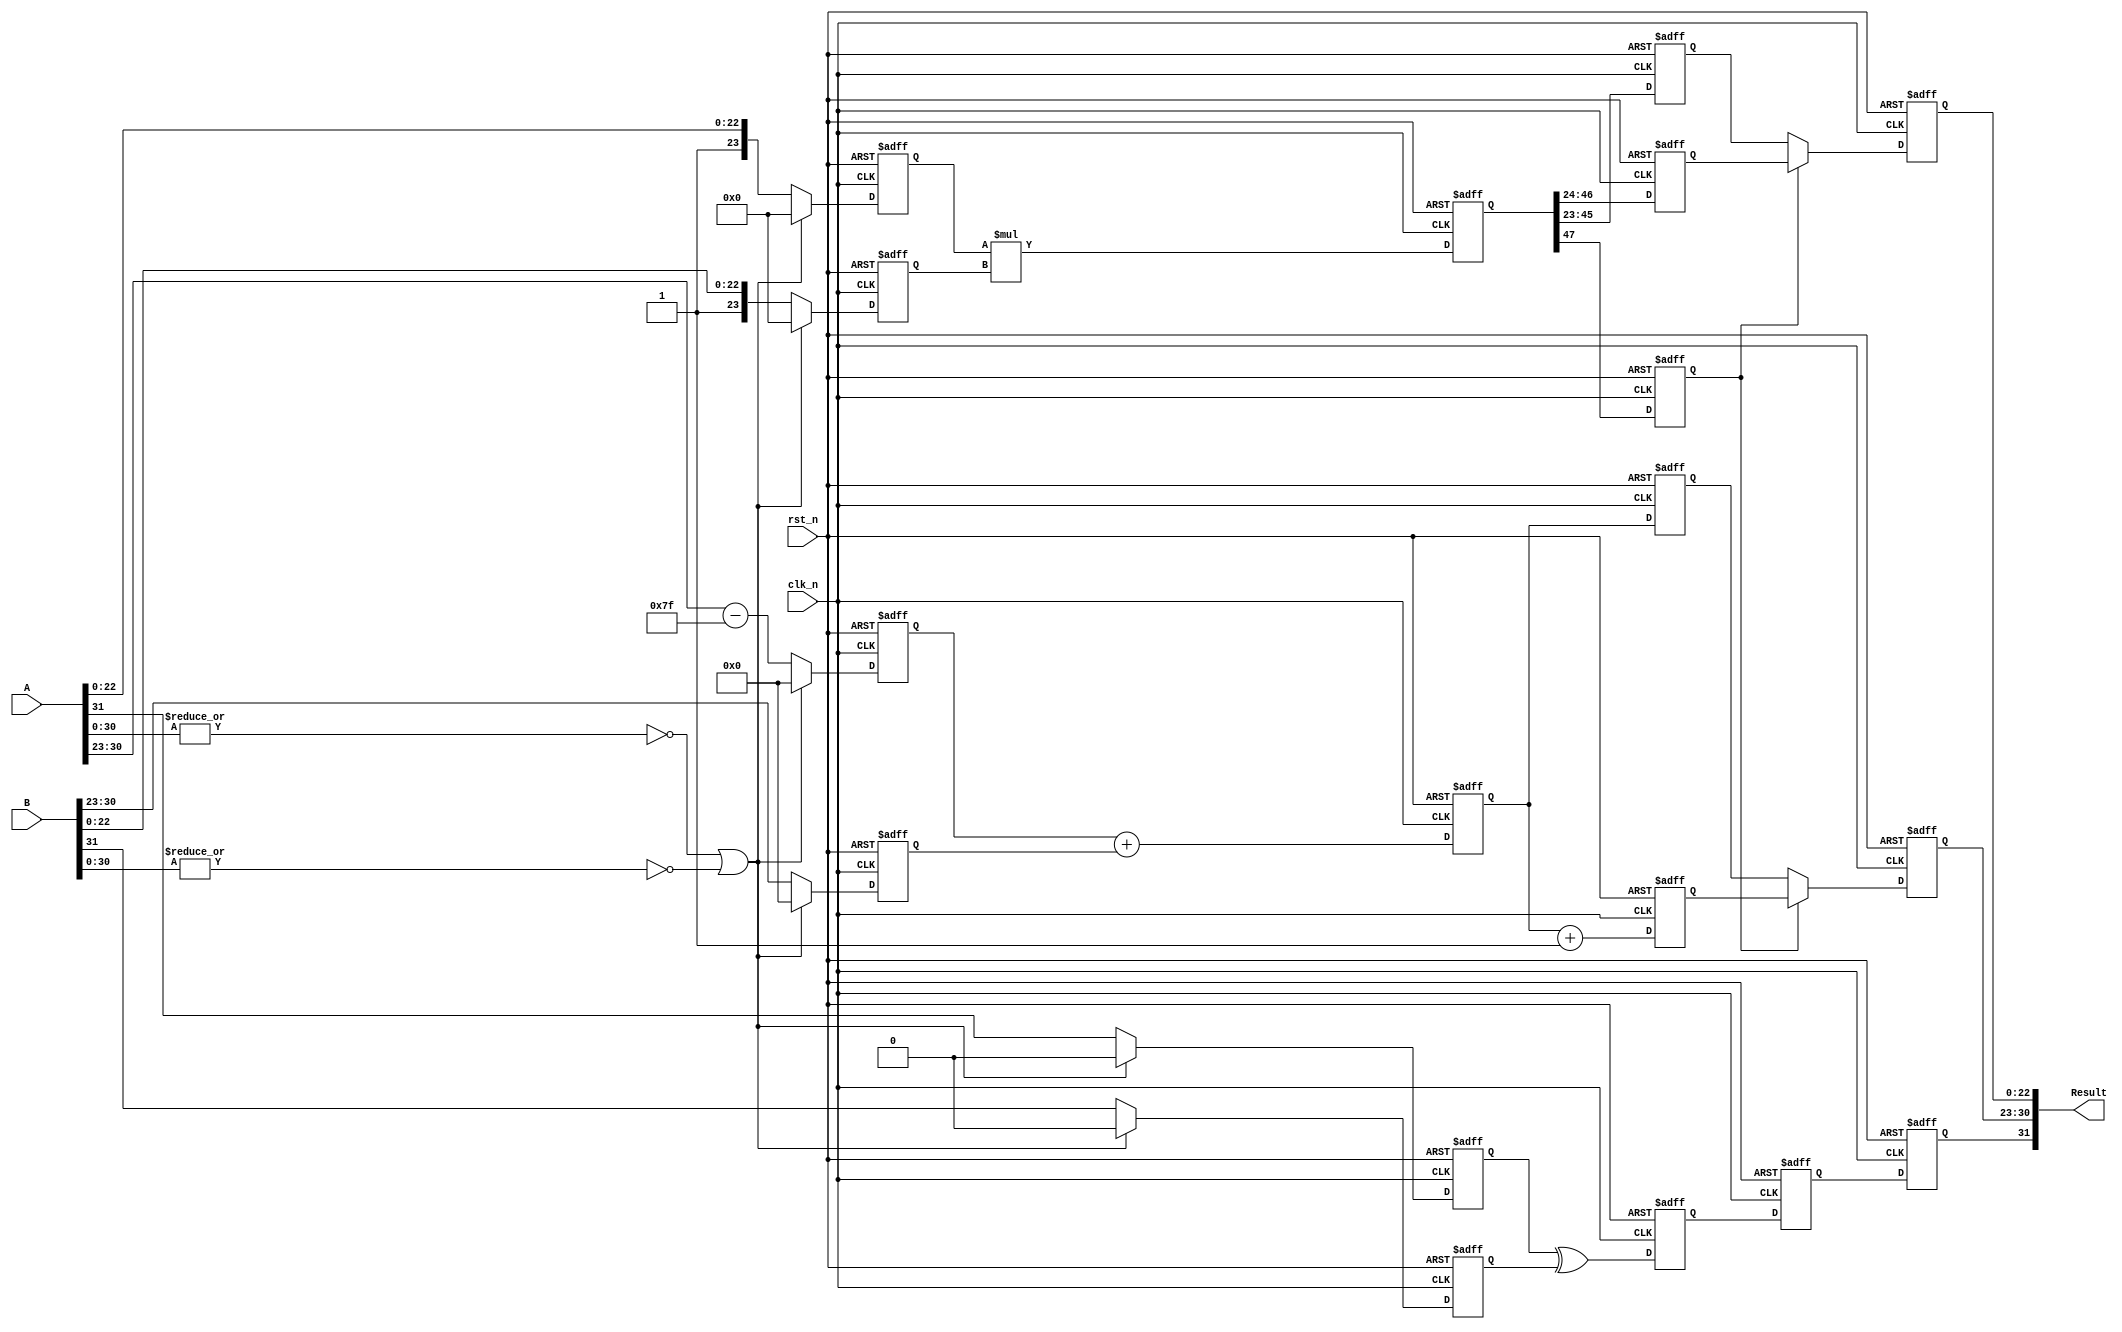
`timescale 1ns / 100ps

module multiply_32 (
    input wire clk_n,
    input wire rst_n,
    input wire [31:0] A,
    input wire [31:0] B,
    output wire  [31:0] Result
);

    reg [23:0] A_Mantissa, B_Mantissa;
    reg [7:0] A_Exponent, B_Exponent;
    
    reg sign, sign_A, sign_B;  
    reg [47:0] Temp_Mantissa;
    reg [7:0] Temp_Exponent;
    
    reg [22:0] intermediateMan, ManChoice1, ManChoice2;
    reg [7:0] intermediateExp, ExpChoice1, ExpChoice2;
    reg intermediateSign, signChoice, choice;
    
    localparam bias = 7'b1111111; // 127

    always @ (negedge clk_n or negedge rst_n) begin
        if (~rst_n) begin
            sign_A <= 'b0;
            sign_B <= 'b0;
            A_Mantissa <= 'b0;
            A_Exponent <= 'b0;
            B_Mantissa <= 'b0;
            B_Exponent <= 'b0;
        end else if ((~|A[30:0]) | (~|B[30:0])) begin
            sign_A <= 'b0;
            sign_B <= 'b0;
            A_Mantissa <= 'b0;
            A_Exponent <= 'b0;
            B_Mantissa <= 'b0;
            B_Exponent <= 'b0;
        end else begin
            sign_A <= A[31];
            sign_B <= B[31];
            A_Mantissa <= {1'b1, A[22:0]};
            A_Exponent <= A[30:23] - bias;
            B_Mantissa <= {1'b1, B[22:0]}; 
            B_Exponent <= B[30:23];       
        end 
    end
    
    always @ (negedge clk_n or negedge rst_n) begin
        if (~rst_n) begin
            sign <= 'b0;
            Temp_Exponent <= 'b0;
            Temp_Mantissa <= 'b0;
        end else begin
            sign <= sign_A ^ sign_B;
            Temp_Exponent <= A_Exponent + B_Exponent;
            Temp_Mantissa <= A_Mantissa * B_Mantissa;
        end
    end

    always @ (negedge clk_n or negedge rst_n) begin
        if (~rst_n) begin
            choice <= 'b0;
            signChoice <= 'b0;
            ExpChoice1 <= 'b0;
            ExpChoice2 <= 'b0;
            ManChoice1 <= 'b0;
            ManChoice2 <= 'b0;
        end else begin
            choice <= Temp_Mantissa[47];
            signChoice <= sign;
            ExpChoice1 <= Temp_Exponent + 1'b1;
            ExpChoice2 <= Temp_Exponent;
            ManChoice1 <= Temp_Mantissa[46:24]; 
            ManChoice2 <= Temp_Mantissa[45:23];     
        end
    end
    
    always @ (negedge clk_n or negedge rst_n) begin
        if (~rst_n) begin
            intermediateSign <= 'b0;
            intermediateExp <= 'b0;
            intermediateMan <= 'b0;
        end else begin
            intermediateSign <= signChoice;
            intermediateExp <= choice ? ExpChoice1 : ExpChoice2;
            intermediateMan <= choice ? ManChoice1 : ManChoice2;      
        end
    end

    assign Result[31] = intermediateSign;
    assign Result[30:23] = intermediateExp;
    assign Result[22:0] = intermediateMan;

endmodule